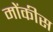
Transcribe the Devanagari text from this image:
मोंकीस